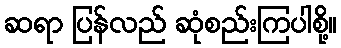
ဆရာ ပြန်လည် ဆုံစည်းကြပါစို့။